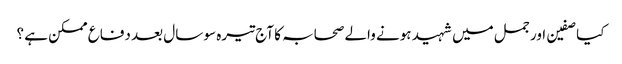
کیا صفین اور جمل میں شہید ہونے والے صحابہ کا آج تیرہ سو سال بعد دفاع ممکن ہے ؟